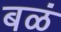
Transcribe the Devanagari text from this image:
बळं